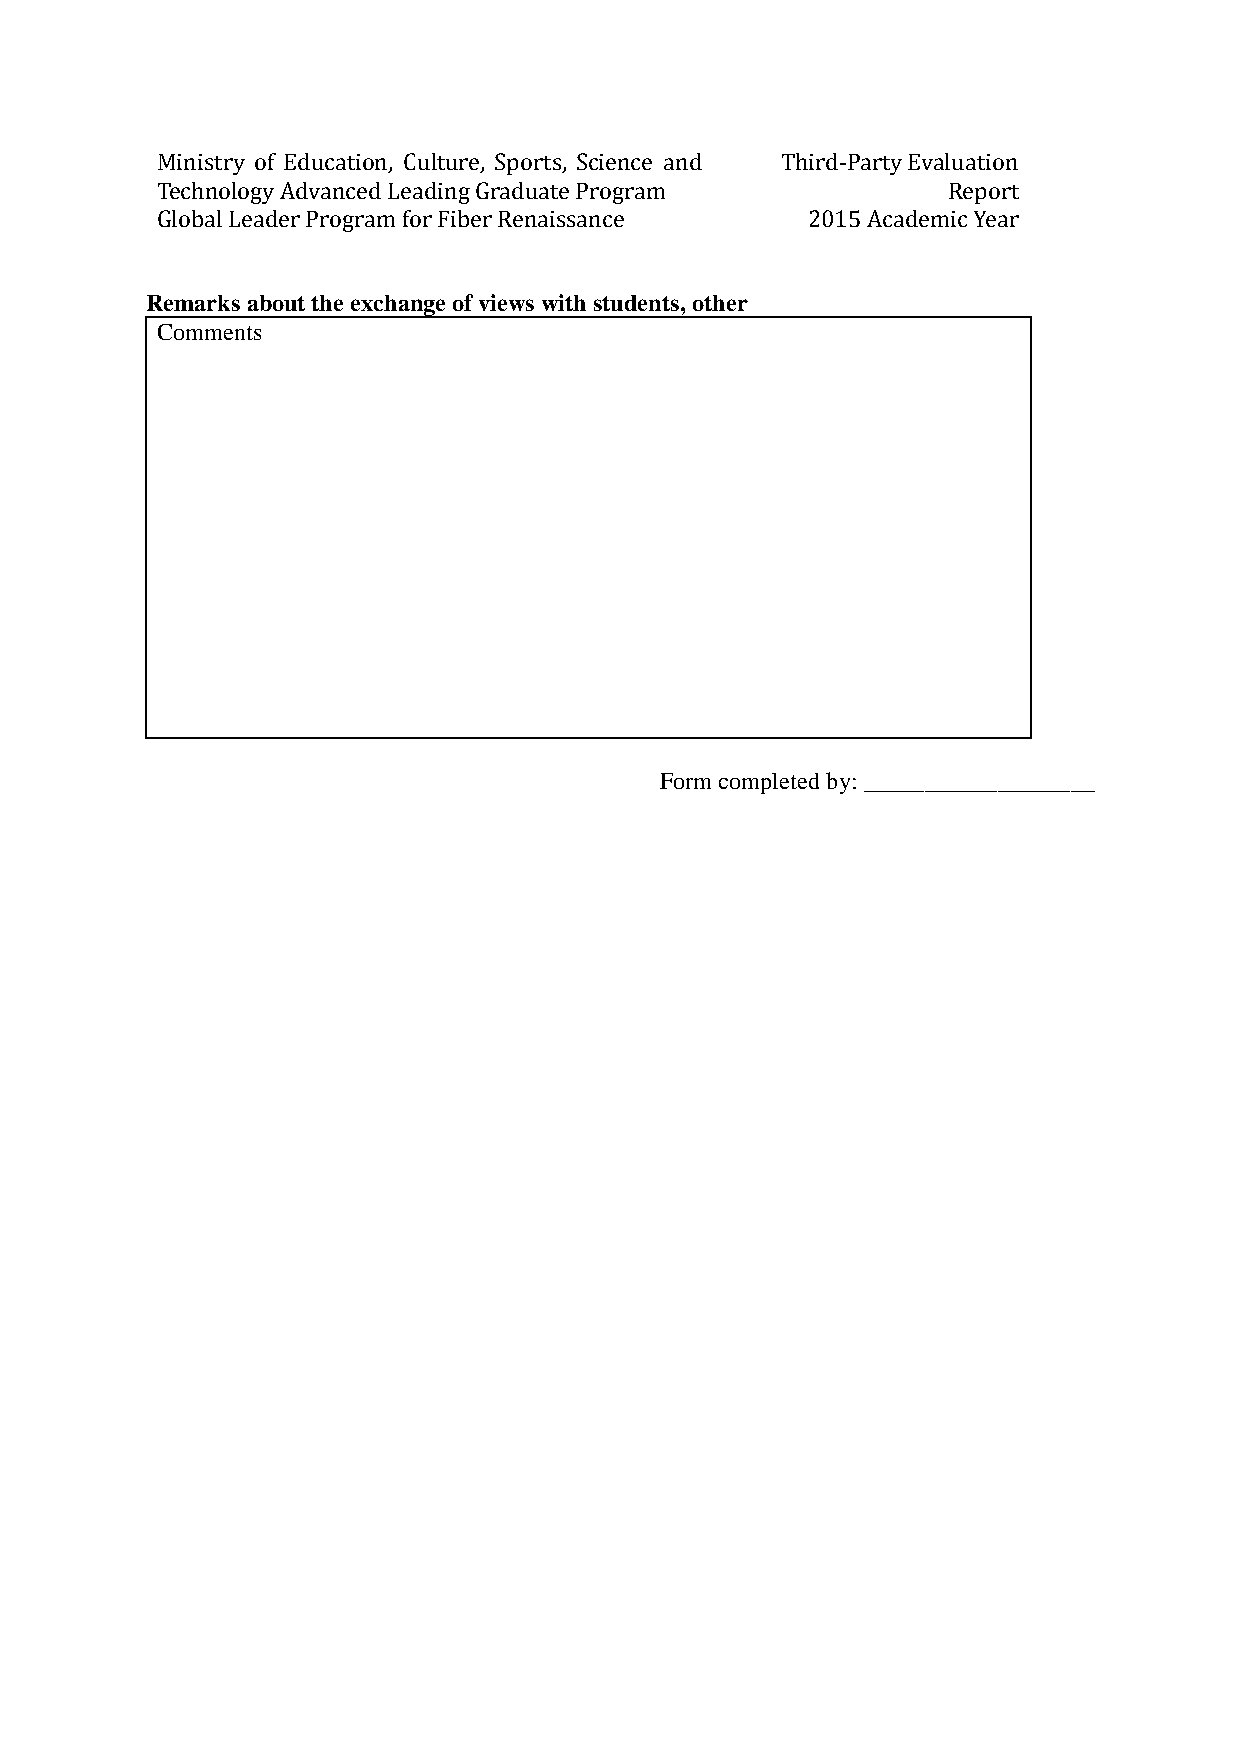
Ministry of Education, Culture, Sports, Science and Third-Party Evaluation
 Technology Advanced Leading Graduate Program         Report
 Global Leader Program for Fiber Renaissance 2015 Academic Year
 Remarks about the exchange of views with students, other
 Comments
 Form completed by: ___________________